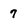
Character: 7